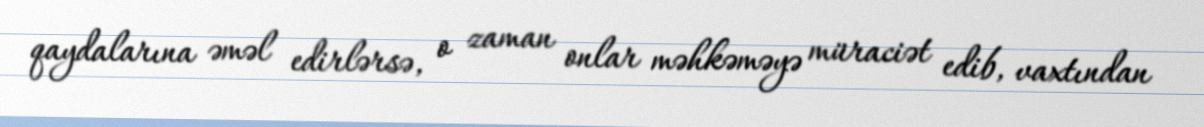
qaydalarına əməl edirlərsə, o zaman onlar məhkəməyə müraciət edib, vaxtından